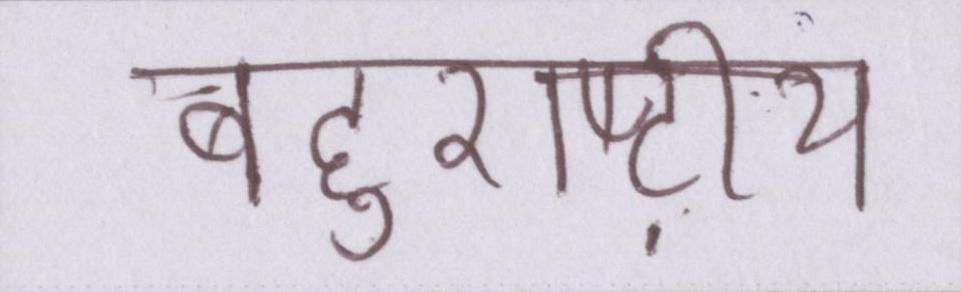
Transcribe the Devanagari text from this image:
बहुराष्ट्रीय